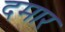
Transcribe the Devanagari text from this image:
दमार